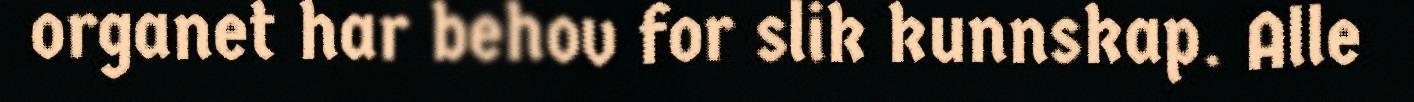
organet har behov for slik kunnskap. Alle